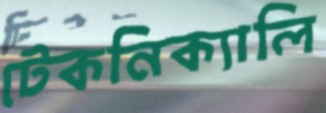
টেকনিক্যালি